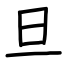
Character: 旦